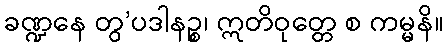
ခဏ္ဍနေ တွ’ပဒါနဉ္စ၊ ဣတိဝုတ္တေ စ ကမ္မနိ။